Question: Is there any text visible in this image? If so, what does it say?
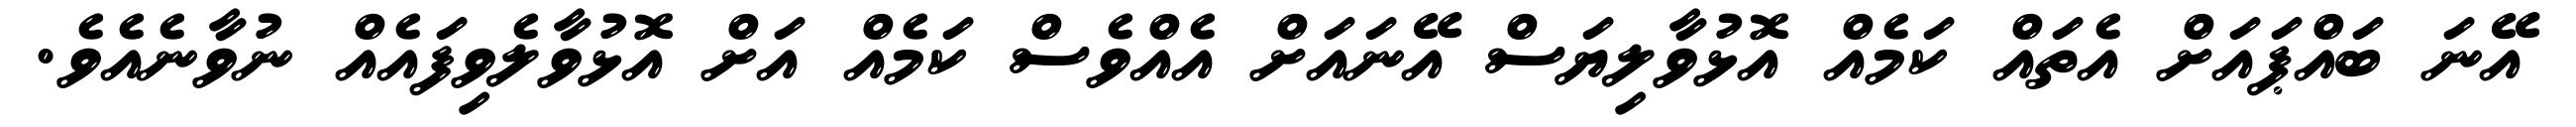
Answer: އޭނަ ބައްޕައަށް އެތައް ކަމެއް އޮޅުވާލިޔަސް އޭނައަށް އެއްވެސް ކަމެއް އަށް އޮޅުވާލެވިފައެއް ނުވާނެއެވެ.